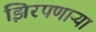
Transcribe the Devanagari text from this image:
झिरपणाऱ्या